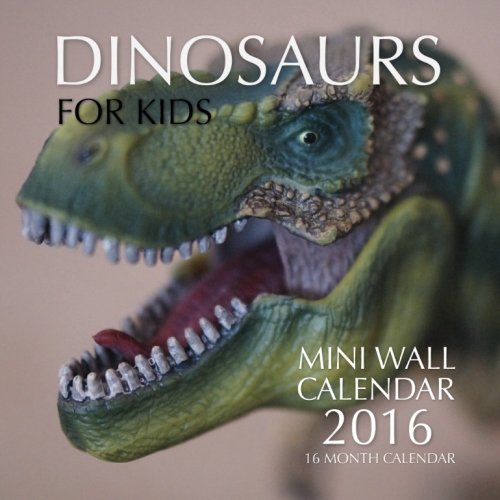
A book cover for Dinosaurs for Kids Mini Wall Calendar 2016: 16 Month Calendar; Jack Smith; Calendars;